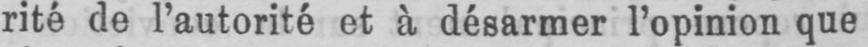
rité de l’autorité et à désarmer l’opinion que